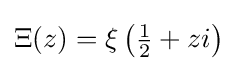
\Xi (z)=\xi \left({\tfrac {1}{2}}+zi\right)